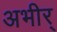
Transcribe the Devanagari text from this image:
अभीर्